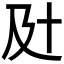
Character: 𰆵